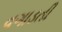
વગાડતી